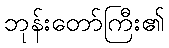
ဘုန်းတော်ကြီး၏